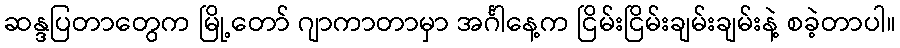
ဆန္ဒပြတာတွေက မြို့တော် ဂျာကာတာမှာ အင်္ဂါနေ့က ငြိမ်းငြိမ်းချမ်းချမ်းနဲ့ စခဲ့တာပါ။